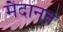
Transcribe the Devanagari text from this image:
मैदानत